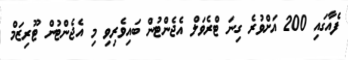
ފެއާގައި 200 އަށްވުރެ ގިނަ ޓްރެވަލް އެޖެންޓުން ބައިވެރިވި މި އެޖެންޓުން ޓޫރިޒަމް